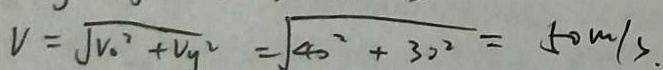
V = \sqrt { V _ { 0 } ^ { 2 } + V _ { y } ^ { 2 } } = \sqrt { 4 0 ^ { 2 } + 3 0 ^ { 2 } } = 5 0 m / s .